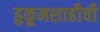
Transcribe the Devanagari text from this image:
हुकूमशाहीची